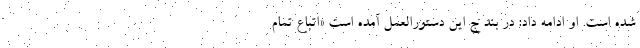
شده است. او ادامه داد: در بند ج این دستورالعمل آمده است «اتباع تمام